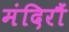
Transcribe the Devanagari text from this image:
मंदिरौं